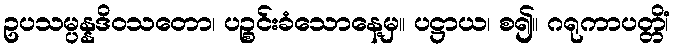
ဥပသမ္ပန္နဒိဝသတော၊ ပဉ္စင်းခံသောနေ့မှ။ ပဋ္ဌာယ၊ စ၍။ ဂရုကာပတ္တိံ၊